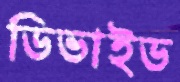
ডিভাইড